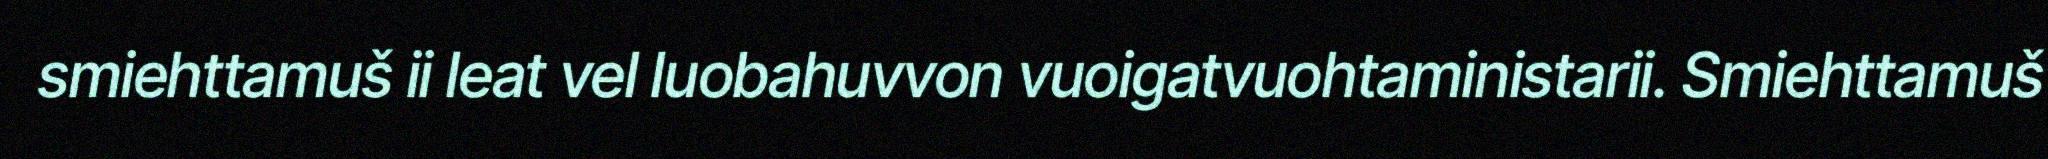
smiehttamuš ii leat vel luobahuvvon vuoigatvuohtaministarii. Smiehttamuš